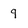
Character: q